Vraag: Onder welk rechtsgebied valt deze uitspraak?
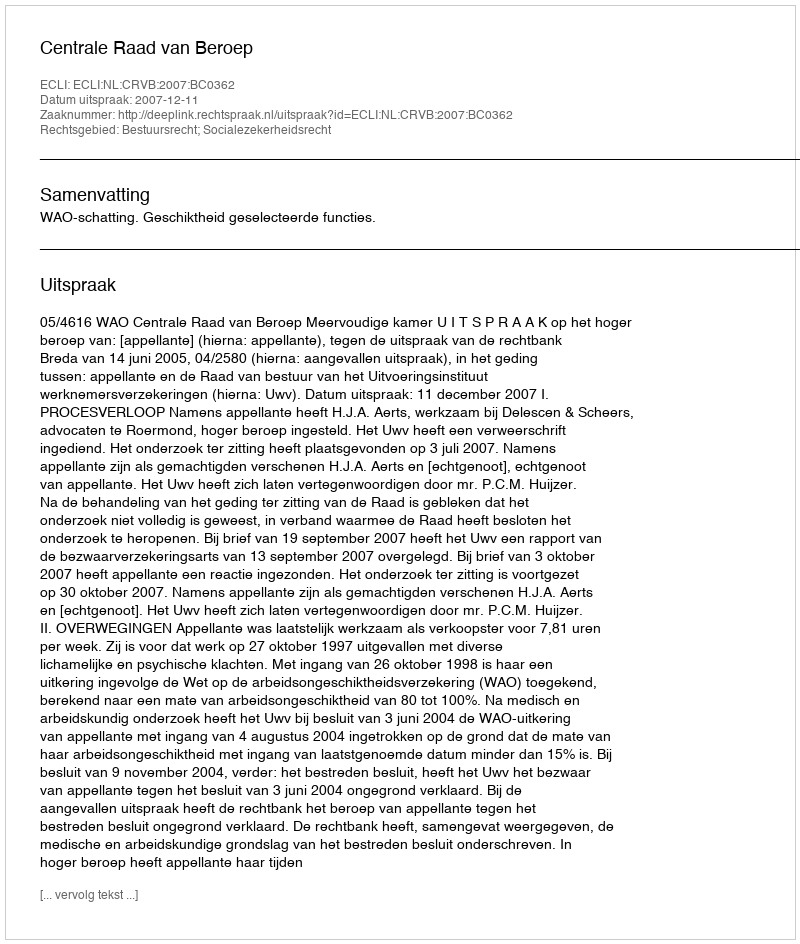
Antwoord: Bestuursrecht; Socialezekerheidsrecht